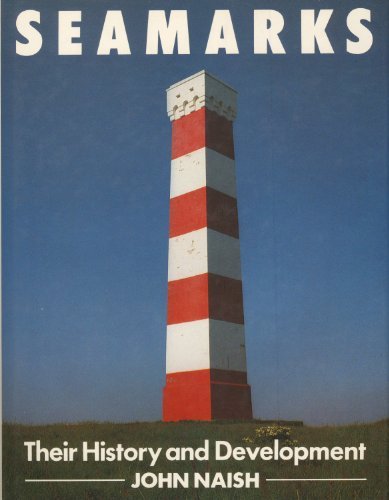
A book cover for Seamarks: Their History and Development; John Michael Naish; Engineering & Transportation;